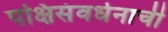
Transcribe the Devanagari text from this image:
पक्षिसंवर्धनाची